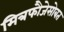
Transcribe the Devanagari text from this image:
मित्रफौजेसोबत